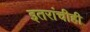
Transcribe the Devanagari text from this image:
इतरांचीही